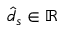
\hat { d } _ { s } \in \mathbb { R }